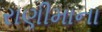
રાણીમાના